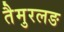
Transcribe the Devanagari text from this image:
तैमुरलङ